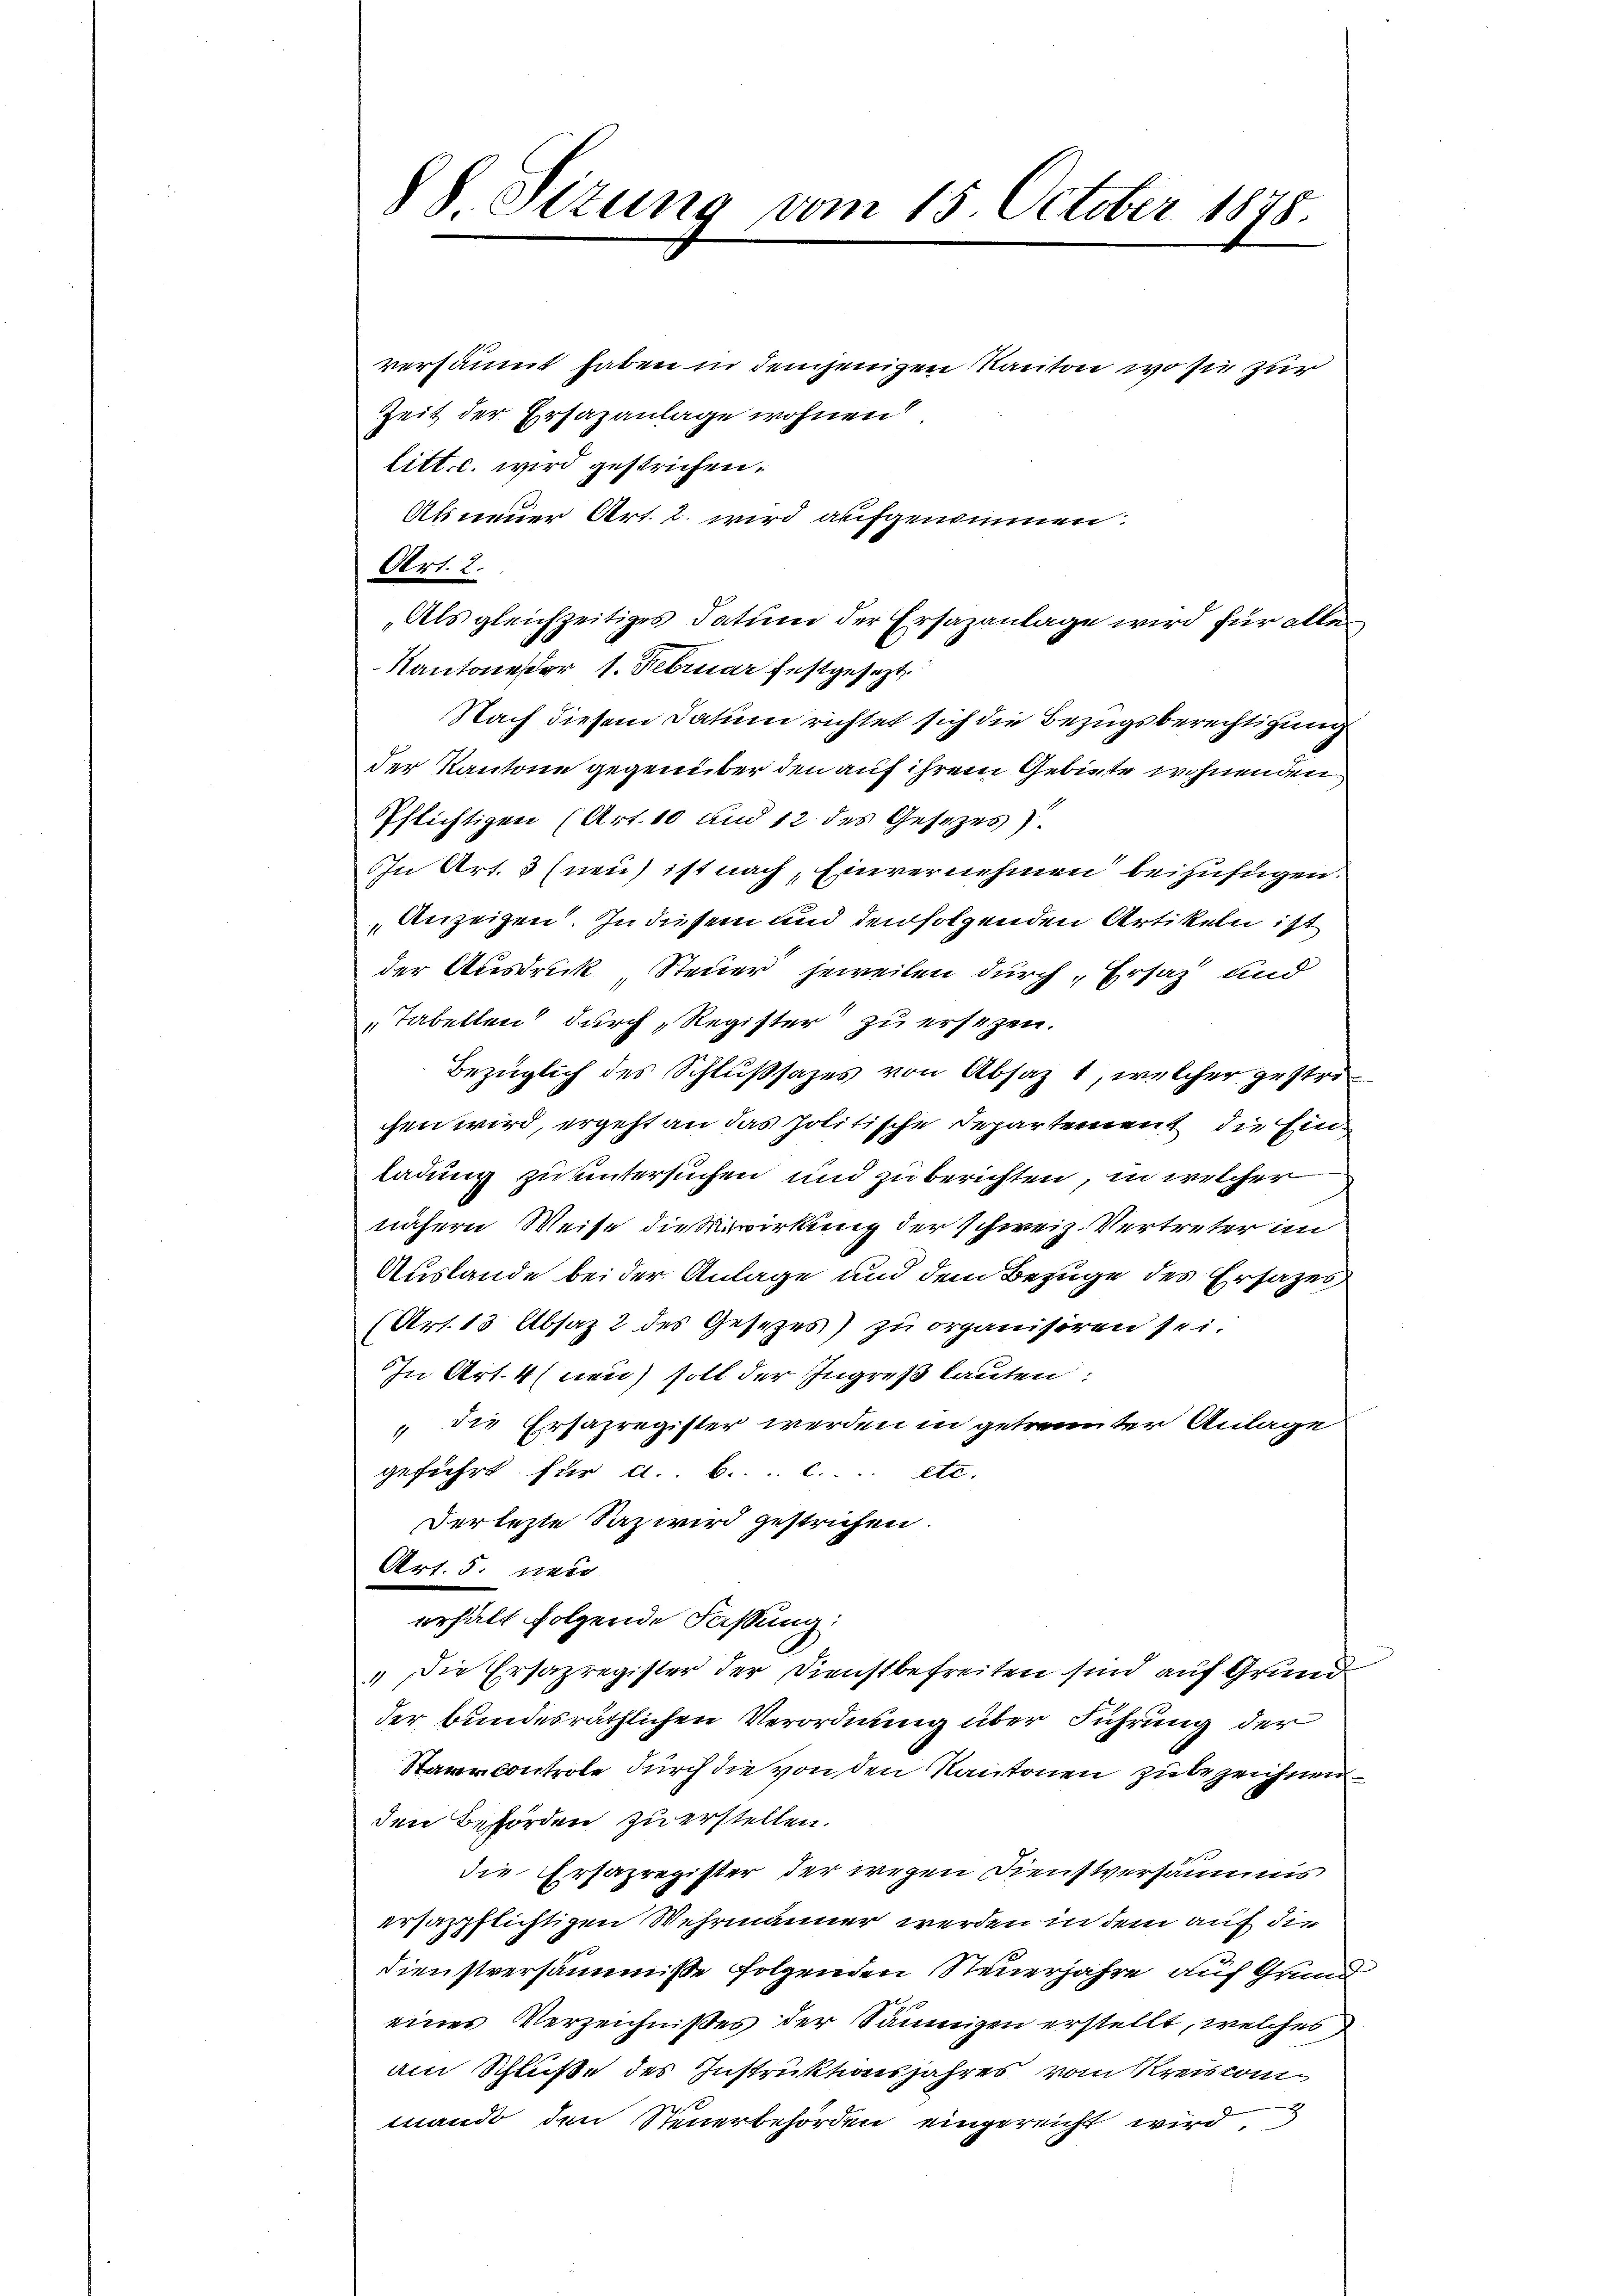
88 Sizung vom 15. October 1878.

versäumt haben in demjenigen Kanton wo sie zur
Zeit der Ersazanlage wohnen
litt. c. wird gestrichen.
Als neuer Art. 2. wird aufgenommen:
Art. 2.
Als gleichzeitiges Datum der Ersazanlage wird für alle
Kantoneser 1. Februar festgesezt.
Nach diesem Datum richtet sich die Bezugsberechtigung
der Kantone gegenüber den auf ihrem Gebiete wohnenden
Pflichtigen (Art. 10 und 12 des Gesetzes).
In Art. 3 (neu ist nach, Einvernehmen beizufügen.
Anzeigen. In diesem und den folgenden Artikeln ist
der Ausdruck Steuer jeweilen durch Ersatz und
Tabellen durch, Register zu ersezen.
Bezüglich des Schlußsazes von Absaz 1, welcher gestrichen wird, ergeht an das politische Departement die Einladung zu untersuchen und zu berichten, in welcher
nähern Weise die Bewirkung der schweiz. Vertreter in
Auslande bei der Anlage und dem Bezuge des Ersatzes
(Art. 13 Absaz 2 des Gesezes) zu organisiren sei.
In Art. 4 (nen) soll der Ingreß lauten:
 die Ersazregister werden in getrennter Anlage
geführt für A.. .. .. .... etc.
derlezte Saz wird gestrichen.
Art. 5. neu
erhält folgende Fassung:
 Die Ersazregister der Dienstbefreiten sind auf Grund
der bundesräthlichen Verordnung über Führung der
Starcontrole durch die von den Kantonen zu bezeichnen
den Beförden zu erstellen.
die Ersazregister der wegen Dienstversammes
ersappflichtigen Wehrmänner werden in dem auf die
Dienstversäumnisse folgenden Steuerjahre auf Grund
eines Verzeichnißes der Säumigen erstellt, welches
am Schluße des Instruktionsjahres vom Kreiskon
d
mand den Steuerbehörden eingereicht wird,